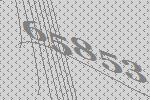
65853